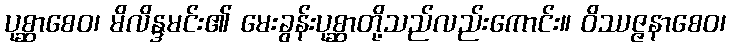
ပုစ္ဆာစေဝ၊ မိလိန္ဒမင်း၏ မေးခွန်းပုစ္ဆာတို့သည်လည်းကောင်း။ ဝိဿဇ္ဇနာစေဝ၊